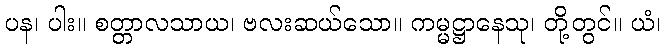
ပန၊ ပါး။ စတ္တာလသာယ၊ ဗလးဆယ်သော။ ကမ္မဋ္ဌာနေသု၊ တို့တွင်။ ယံ၊